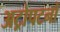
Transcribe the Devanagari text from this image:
अट्रोपटनों